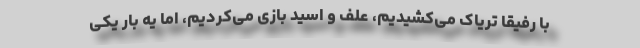
با رفیقا تریاک می‌کشیدیم، علف و اسید بازی می‌کردیم، اما یه بار یکی